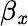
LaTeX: \beta_{\mathit{x}}